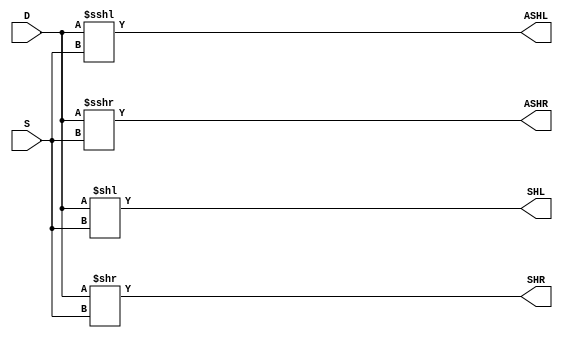

/*
 * Generate a barrel shifter of arbitrary width.
 * T can be 0 for <<, 1 for >>, 2 for <<< or 3 for >>>.
 */
module shift
  #(parameter WI = 4, WS = 4, parameter WO = 6)
   (input wire [WI-1:0] D,
    input wire [WS-1:0] S,
    output wire [WO-1:0] SHL,
    output wire [WO-1:0] SHR,
    output wire signed [WO-1:0] ASHL,
    output wire signed [WO-1:0] ASHR
    /* */);

   wire signed [WI-1:0] DS;
   assign DS = D;

   assign SHL = D << S ;
   assign SHR = D >> S ;
   assign ASHL = DS <<< S ;
   assign ASHR = DS >>> S ;

endmodule